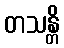
တသန္တိ